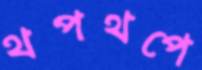
থপথপে